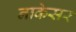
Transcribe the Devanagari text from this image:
नाकेसर